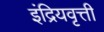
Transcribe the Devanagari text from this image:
इंद्रियवृत्ती